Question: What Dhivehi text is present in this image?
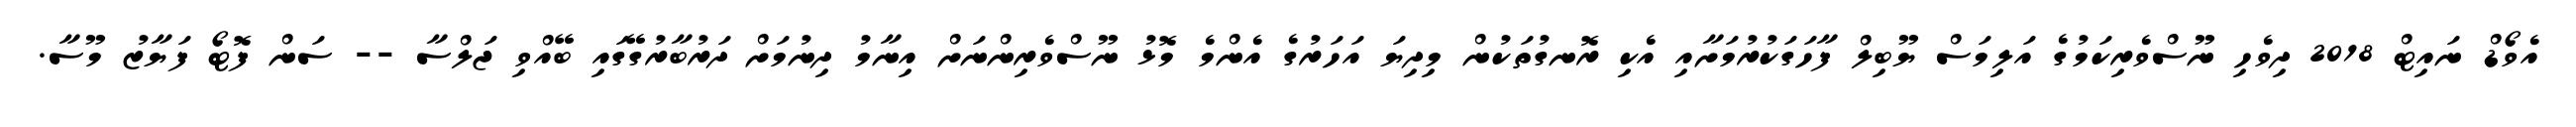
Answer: އެވޯޑް ނައިޓް 2018 ދިވެހި ނޫސްވެރިކަމުގެ އަލިމަސް ޔޫބިލް ފާހަގަކުރުމަށާއި އެކި ރޮނގުތަކުން މިދިޔަ އަހަރުގެ އެންމެ މޮޅު ނޫސްވެރިންނަށް އިނާމު ދިނުމަށް ދަރުބާރުގޭގައި ބޭއްވި ޖަލްސާ -- ސަން ފޮޓޯ ފަޔާޒު މޫސާ.